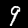
Label: 9